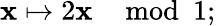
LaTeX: \mathbf{x}\mapsto2\mathbf{x}\mod1;